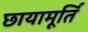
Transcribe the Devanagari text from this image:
छायामूर्ति